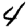
Digit: 4